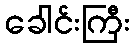
ခေါင်းကြီး